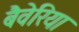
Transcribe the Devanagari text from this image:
बैवेरिया